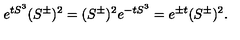
e ^ { t S ^ { 3 } } ( S ^ { \pm } ) ^ { 2 } = ( S ^ { \pm } ) ^ { 2 } e ^ { - t S ^ { 3 } } = e ^ { \pm t } ( S ^ { \pm } ) ^ { 2 } .